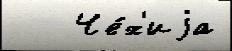
   Че́х'иjа